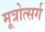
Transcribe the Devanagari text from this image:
मूत्रोत्सर्ग